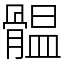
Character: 䯠